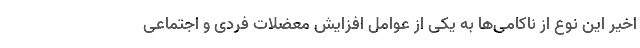
اخیر این نوع از ناکامی‌ها به یکی از عوامل افزایش معضلات فردی و اجتماعی